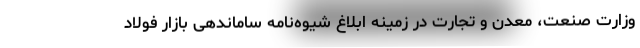
وزارت صنعت، معدن و تجارت در زمینه ابلاغ شیوه‌نامه ساماندهی بازار فولاد